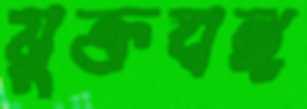
যুক্তবঙ্গ